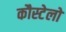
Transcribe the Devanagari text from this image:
कौस्टेलो